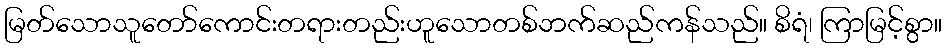
မြတ်သောသူတော်ကောင်းတရားတည်းဟူသောတစ်ဘက်ဆည်ကန်သည်။ စိရံ၊ ကြာမြင့်စွာ။